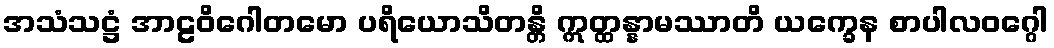
အသံသဋ္ဌံ အာဠဝိဂေါတမော ပရိယောသိတန္တိ ဣတ္ထန္နာမဿာတိ ယက္ခေန စာပါလဝဂ္ဂေါ